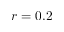
r = 0 . 2